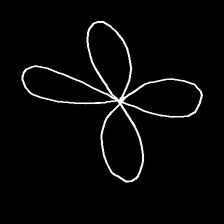
Glyph: billowing